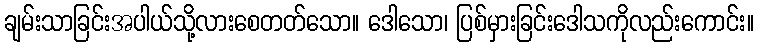
ချမ်းသာခြင်းအပါယ်သို့လားစေတတ်သော။ ဒေါသော၊ ပြစ်မှားခြင်းဒေါသကိုလည်းကောင်း။